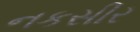
નકસીર